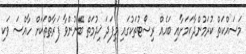
މަސައްކަތް ކުރަމުންދާކަމަށާއި ބައެއް ރިސޯޓުތަކުގައި މިފަދަ ޚިދުމަތް ބޭނުންވާ ފަރާތްތަކަށް ހާއްސަ ވަކި